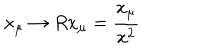
LaTeX: x _ { \mu } \to R x _ { \mu } = \frac { x _ { \mu } } { x ^ { 2 } }